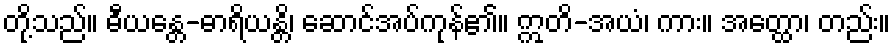
တို့သည်။ ဓီယန္တေ-ဓာရိယန္တိ၊ ဆောင်အပ်ကုန်၏။ ဣတိ-အယံ၊ ကား။ အတ္ထော၊ တည်း။